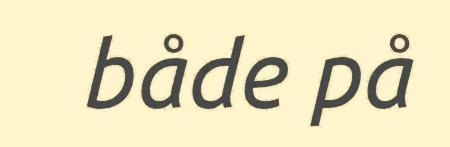
både på